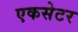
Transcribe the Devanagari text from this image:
एकसेटर